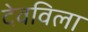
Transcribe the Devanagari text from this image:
देवविला